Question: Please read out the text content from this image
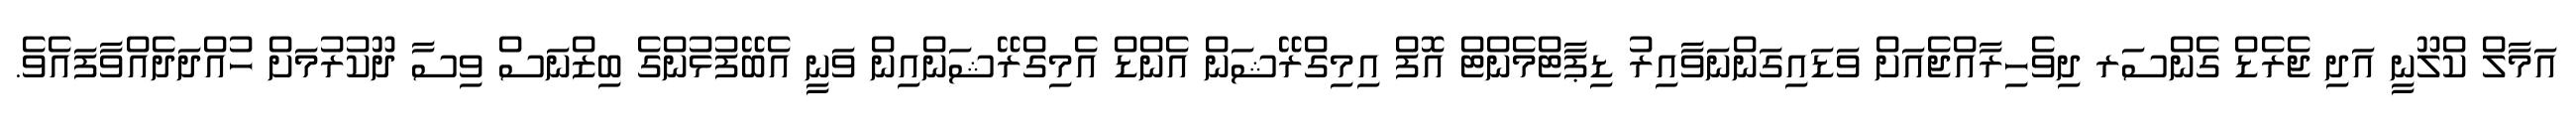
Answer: އަމާލް ކްލޫނީ އަދި ޖެރެޑް ގެންސަރ ދިވެހިރާއްޖެއަށް ވަޑައިގަންނަވާއިރު ޑިޕާޓްމެންޓް އޮފް އިމިގްރޭޝަން އެންޑް އެމިގްރޭޝަންއިން ވަނީ އެބޭފުޅުންގެ ބިޒްނަސް ވިސާ ދޫކުރުމަށް ހުއްދަދެއްވާފައެވެ.